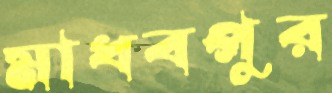
মাধবপুর